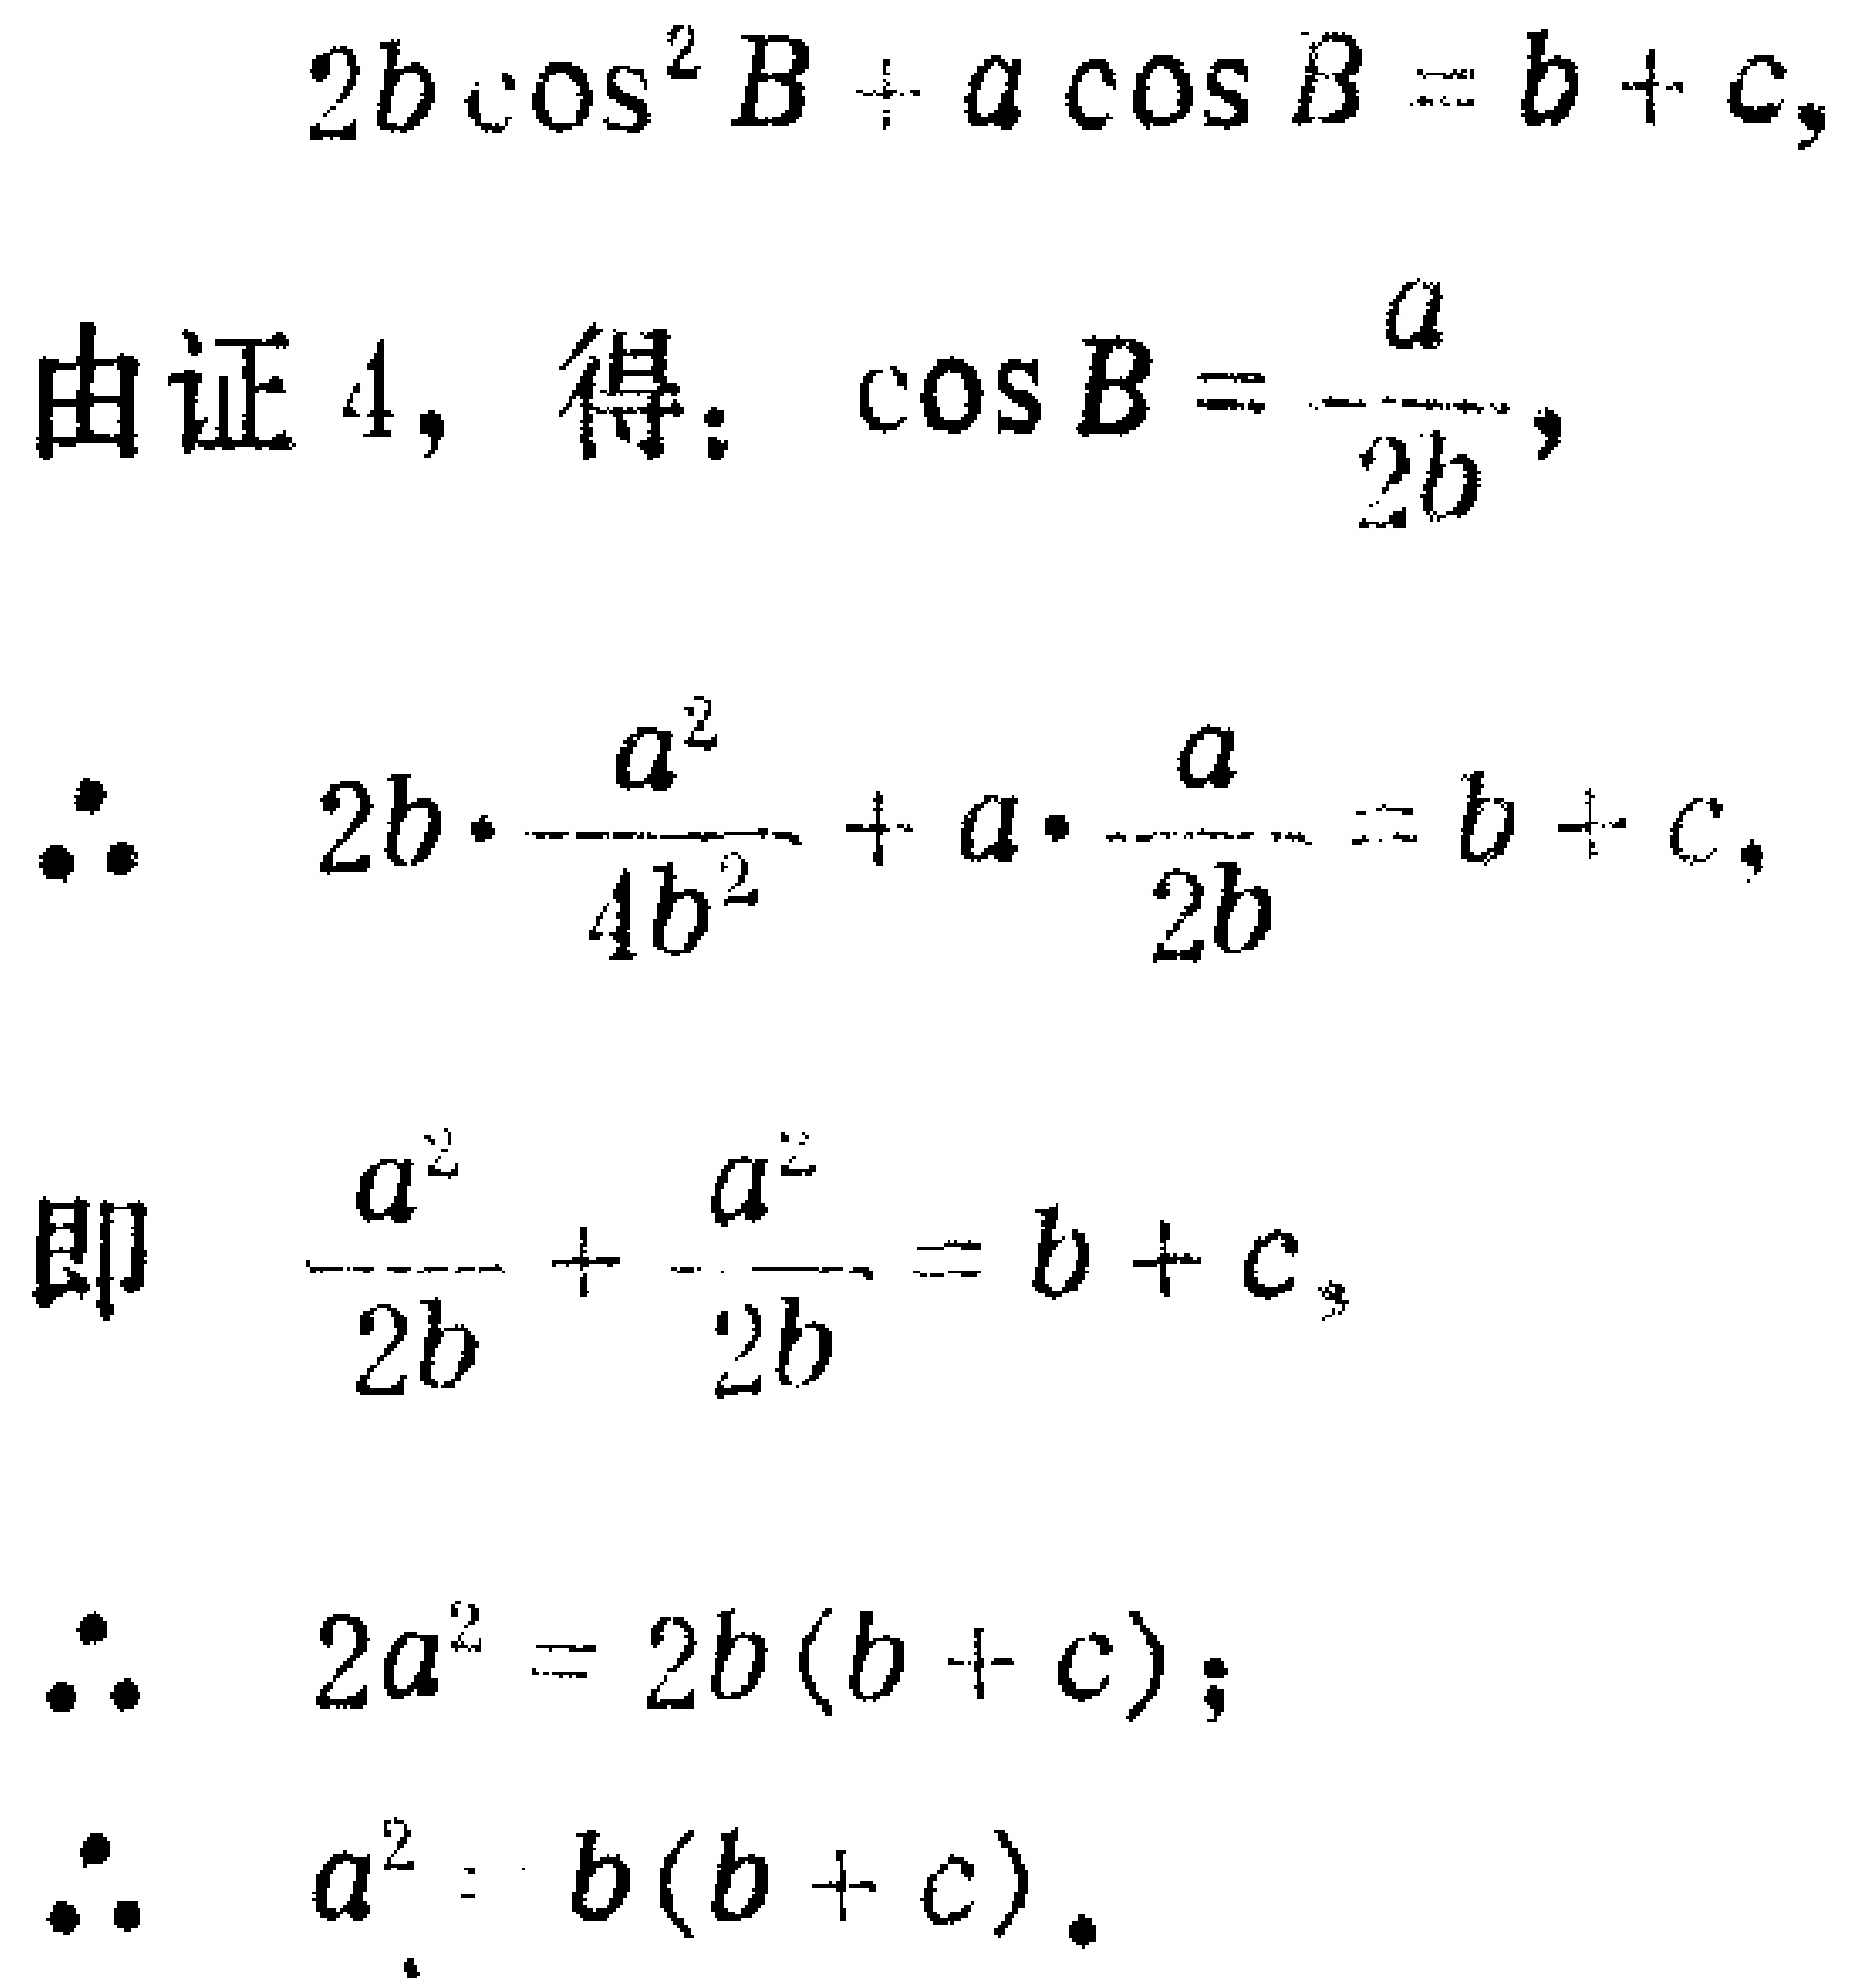
\[
\begin{align*}
&2b\cos^{2}B + a\cos B = b + c,\\
&\text{由证 4，得：}\cos B = -\frac{a}{2b},\\
&\therefore\ 2b\cdot\frac{a^{2}}{4b^{2}}+a\cdot\frac{-a}{2b}=b + c,\\
&\text{即 }\frac{a^{2}}{2b}+\frac{-a^{2}}{2b}=b + c,\\
&\therefore\ 2a^{2}=2b(b + c);\\
&\therefore\ a^{2}=b(b + c).
\end{align*}
\]